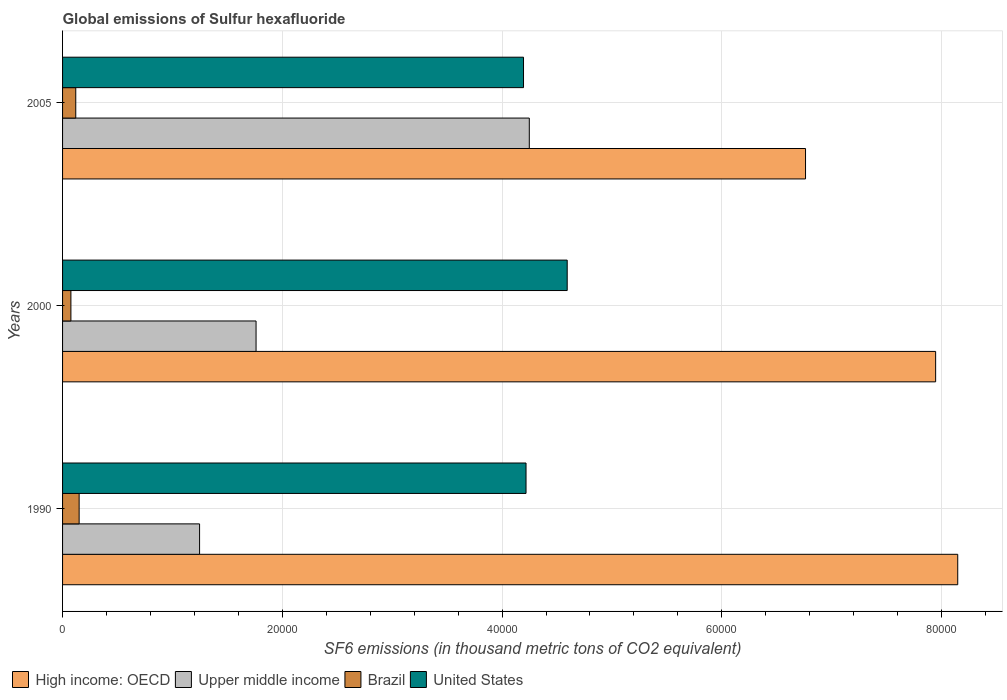
| Years | High income: OECD | Upper middle income | Brazil | United States |
 | --- | --- | --- | --- | --- |
 | 1990 | 8.15e+04 | 1.25e+04 | 1.51e+03 | 4.22e+04 |
 | 2000 | 7.95e+04 | 1.76e+04 | 759 | 4.59e+04 |
 | 2005 | 6.76e+04 | 4.25e+04 | 1.2e+03 | 4.2e+04 |